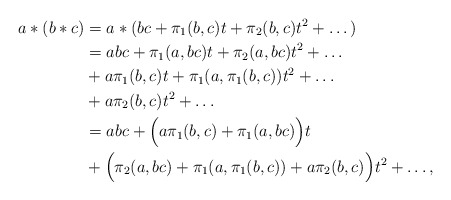
\begin{align*} a*(b*c) &= a*(bc + \pi_1(b,c)t + \pi_2(b,c)t^2+\dots)\\ &= abc + \pi_1(a,bc)t + \pi_2(a,bc)t^2 + \dots \\ & + a\pi_1(b,c)t + \pi_1(a,\pi_1(b,c))t^2 + \dots \\ & + a\pi_2(b,c)t^2 + \dots \\&= abc + \Big(a\pi_1(b,c) + \pi_1(a,bc)\Big)t \\ & + \Big(\pi_2(a,bc) + \pi_1(a,\pi_1(b,c)) + a\pi_2(b,c)\Big)t^2 + \dots,\end{align*}